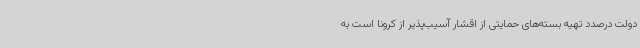
دولت درصدد تهیه بسته‌های حمایتی از اقشار آسیب‌پذیر از کرونا است به